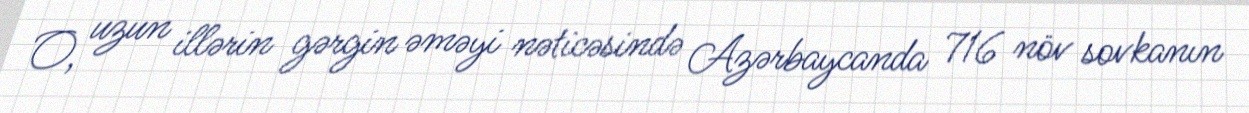
O, uzun illərin gərgin əməyi nəticəsində Azərbaycanda 716 növ sovkanın